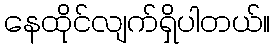
နေထိုင်လျက်ရှိပါတယ်။